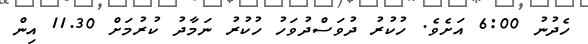
ހެދުނު 6:00 އަށެވެ. ހުކުރު ދުވަސްދުވަހު ހުކުރު ނަމާދު ކުރުމަށް 11.30 އިން